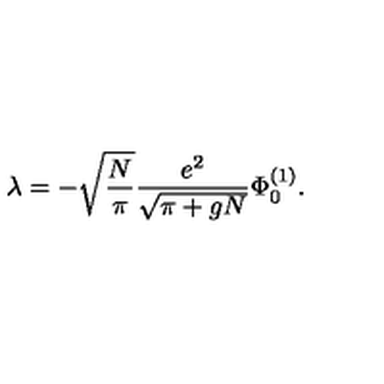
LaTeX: \lambda = - \sqrt { \frac { N } { \pi } } \frac { e ^ { 2 } } { \sqrt { \pi + g N } } \Phi _ { 0 } ^ { ( 1 ) } .